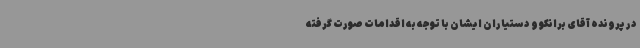
در پرونده آقای برانکو و دستیاران ایشان با توجه به اقدامات صورت گرفته